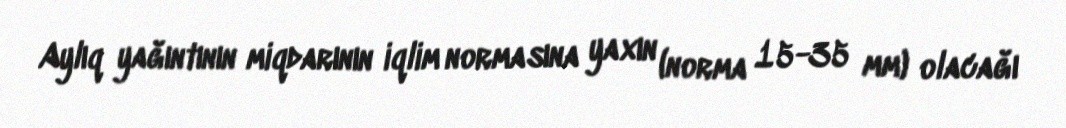
Aylıq yağıntının miqdarının iqlim normasına yaxın (norma 15-35 mm) olacağı